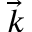
\vec { k }